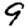
Digit: 9